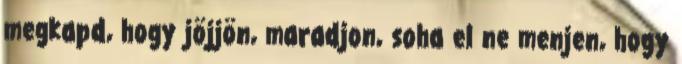
megkapd, hogy jöjjön, maradjon, soha el ne menjen, hogy